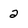
Character: 2